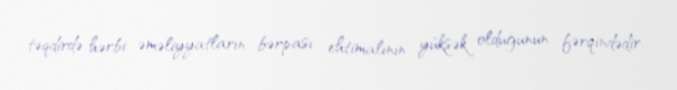
təqdirdə hərbi əməliyyatların bərpası ehtimalının yüksək olduğunun fərqindədir.